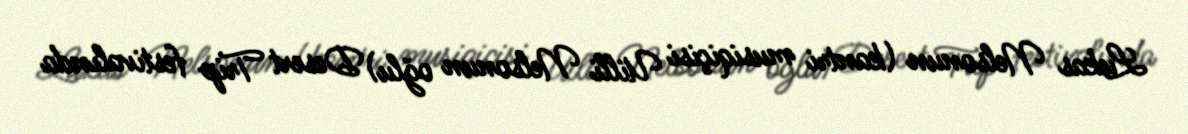
Lukas Nelsonun (kantri musiqiçisi Uilli Nelsonun oğlu) Desert Trip festivalında